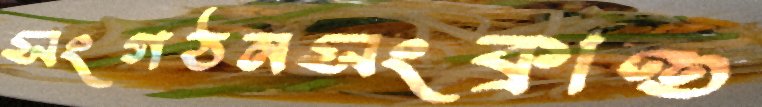
সংগঠনসংক্রান্ত